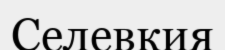
Селевкия